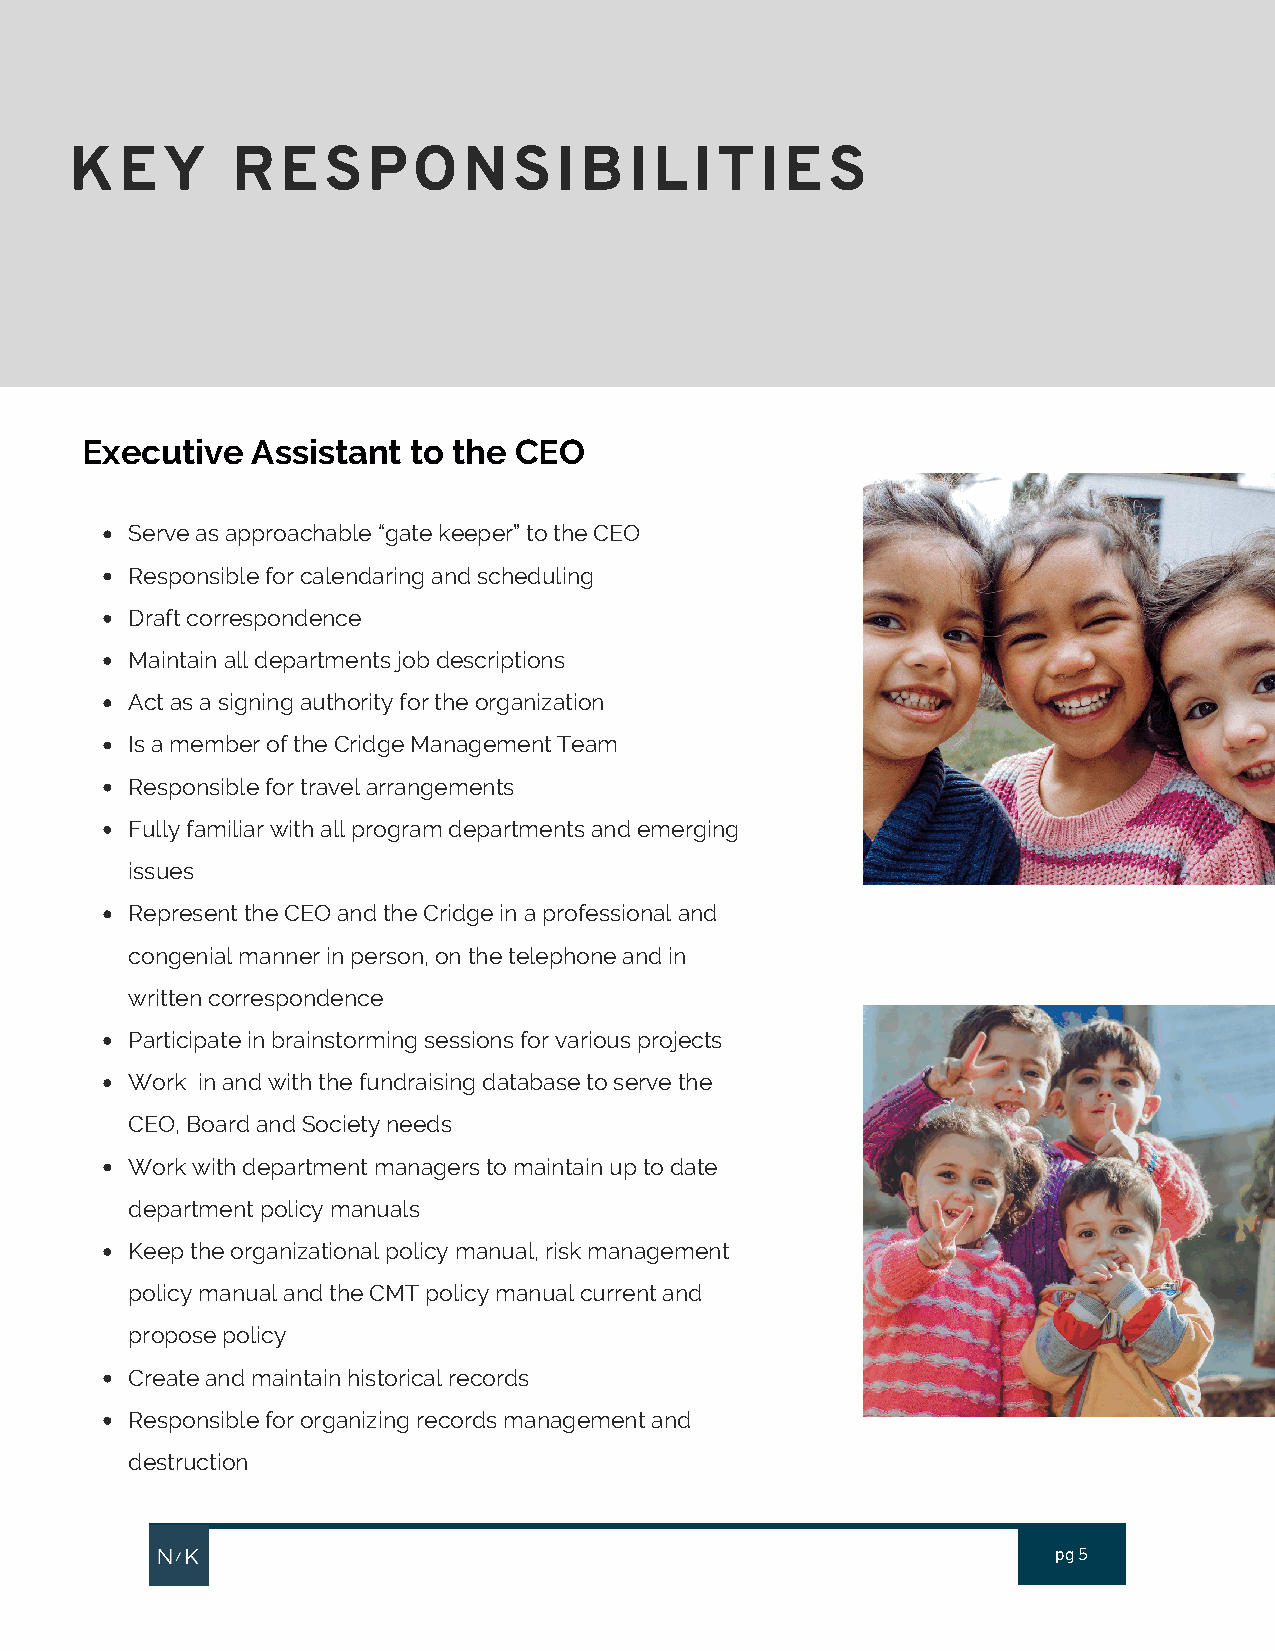
KEY       RESPONSIBILITIES
 Executive   Assistant to the CEO
 Serve as approachable “gate keeper” to the CEO
 Responsible for calendaring and scheduling
 Draft correspondence
 Maintain all departments job descriptions
 Act as a signing authority for the organization
 Is a member of the Cridge Management Team
 Responsible for travel arrangements
 Fully familiar with all program departments and emerging
 issues
 Represent the CEO and the Cridge in a professional and
 congenial manner in person, on the telephone and in
 written correspondence
 Participate in brainstorming sessions for various projects
 Work in and with the fundraising database to serve the
 CEO, Board and Society needs
 Work with department managers to maintain up to date
 department policy manuals
 Keep the organizational policy manual, risk management
 policy manual and the CMT policy manual current and
 propose policy
 Create and maintain historical records
 Responsible for organizing records management and
 destruction
 pg 5